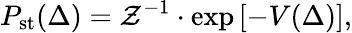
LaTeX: P_{\mathrm{st}}(\Delta)=\mathcal{Z}^{-1}\cdot\exp{\left[-V(\Delta)\right]},